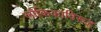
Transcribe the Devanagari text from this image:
लौकिकाविरूद्ध